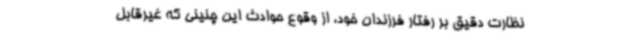
نظارت دقیق بر رفتار فرزندان خود، از وقوع حوادث این چنینی که غیرقابل